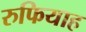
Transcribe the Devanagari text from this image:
रुफियाह